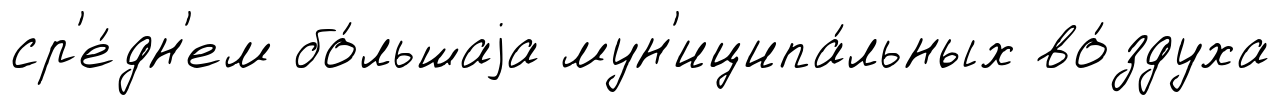
ср'е́дн'ем бо́льшаjа мун'иципа́льных во́здуха